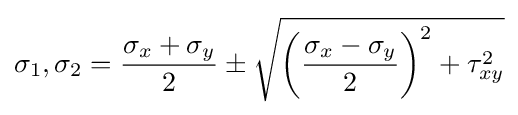
\sigma _{1},\sigma _{2}={\frac {\sigma _{x}+\sigma _{y}}{2}}\pm {\sqrt {\left({\frac {\sigma _{x}-\sigma _{y}}{2}}\right)^{2}+\tau _{xy}^{2}}}